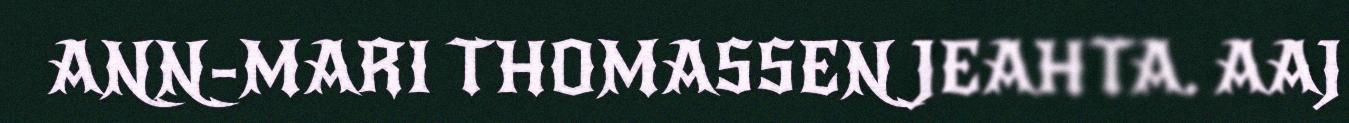
ANN-MARI THOMASSEN JEAHTA. AAJ